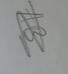
Signature authenticity: genuine